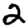
Digit: 2